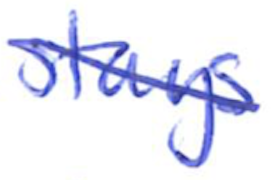
Text: stays
Cross-out: mix
Writing tool: ballpoint